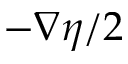
- \nabla \eta / 2